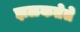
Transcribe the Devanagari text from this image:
झळकतेते